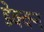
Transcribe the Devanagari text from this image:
डेक्क्न